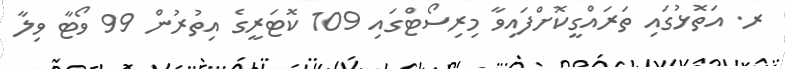
ރ. އަތޮޅުގައި ތަރައްގީކޮށްފައިވާ މިރިސޯޓްގައި 109 ކޮޓަރީގެ އިތުރުން 99 ވޯޓާ ވިލާ